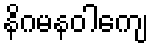
နိဂမနဝါကျေ